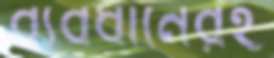
ব্যবধানেরই